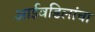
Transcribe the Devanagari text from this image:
आईवडिलांचा